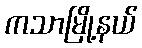
ကသာမြို့နယ်